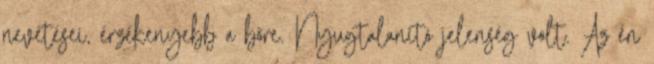
nevetései, érzékenyebb a bőre. Nyugtalanító jelenség volt. Az én